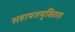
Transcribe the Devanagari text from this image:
सहायतयुक्तित